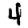
Digit: 4